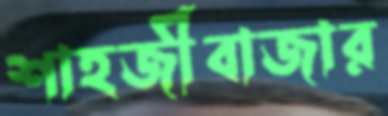
শাহজীবাজার